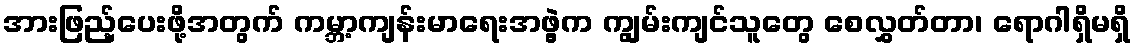
အားဖြည့်ပေးဖို့အတွက် ကမ္ဘာ့ကျန်းမာရေးအဖွဲ့က ကျွမ်းကျင်သူတွေ စေလွှတ်တာ၊ ရောဂါရှိမရှိ